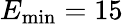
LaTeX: E_{\mathrm{min}}=15